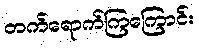
တက်ရောက်ကြကြောင်း